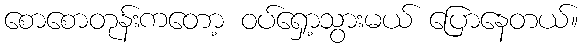
စောစောတုန်းကတော့ ဝပ်ရှော့သွားမယ် ပြောနေတယ်။